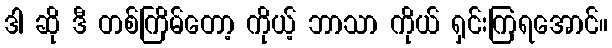
ဒါ ဆို ဒီ တစ်ကြိမ်တော့ ကိုယ့် ဘာသာ ကိုယ် ရှင်းကြရအောင်။